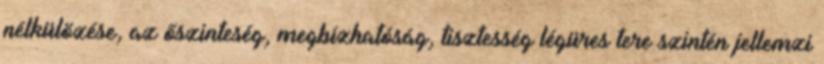
nélkülözése, az őszinteség, megbízhatóság, tisztesség légüres tere szintén jellemzi